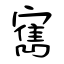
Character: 寯